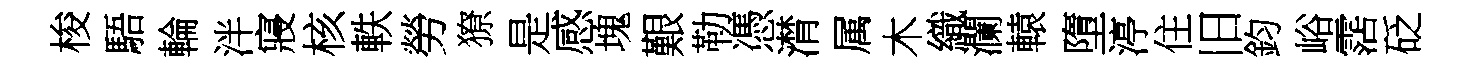
梭䮏輪泮寢核軼勞獠是感塊艱勒憑潸属木織瀾轅墮渟住旧鈞峪霑砭